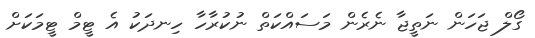
ގޯލް ޖަހަން ނަތީޖާ ނެރެން މަސައްކަތް ނުކުރާހާ ހިނދަކު އެ ޓީމް ޓީމަކަށް